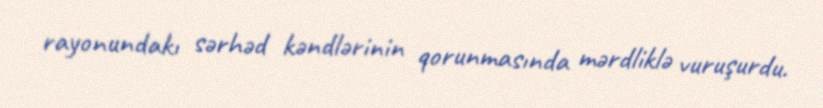
rayonundakı sərhəd kəndlərinin qorunmasında mərdliklə vuruşurdu.